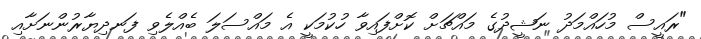
"ރައީސް މުހައްމަދު ނަޝީދުގެ މައްޗަށް ކޮށްފައިވާ ހުކުމަކީ އެ މައްސަލަ ބެއްލެވި ފަނދިޔާރުންނަށާއި